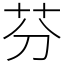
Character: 芬